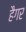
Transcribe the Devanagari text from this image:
हैगर